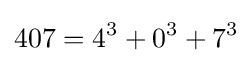
407=4^{3}+0^{3}+7^{3}